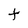
Character: t